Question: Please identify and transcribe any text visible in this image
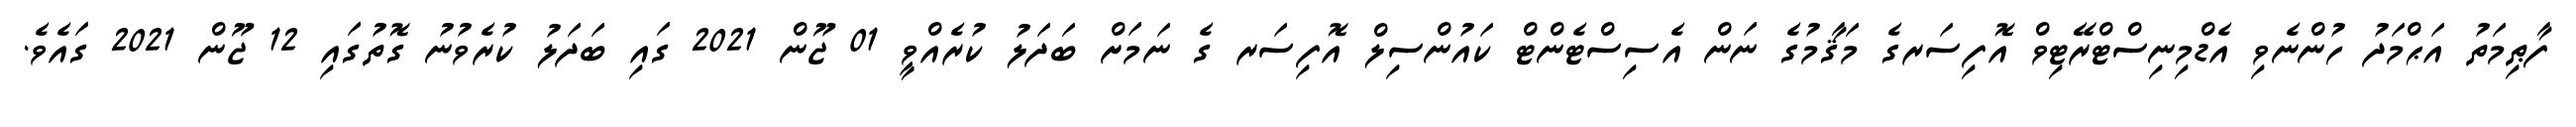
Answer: ފާޠިމަތު އަޙްމަދު ހުންނެވި އެޑްމިނިސްޓްރޭޓިވް އޮފިސަރގެ މަޤާމުގެ ނަން އެސިސްޓެންޓް ކައުންސިލް އޮފިސަރ ގެ ނަމަށް ބަދަލު ކުރެއްވީ 01 ޖޫން 2021 ގައި ބަދަލު ކުރެވުނު ގޮތުގައި 12 ޖޫން 2021 ގައެވެ.